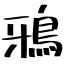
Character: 鴉